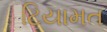
ટિયામત